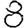
Digit: 8